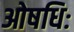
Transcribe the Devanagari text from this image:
ओषधिः